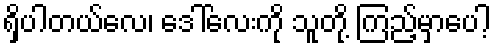
ရှိပါတယ်လေ၊ ဒေါ်လေးကို သူတို့ ကြည့်မှာပေါ့